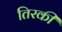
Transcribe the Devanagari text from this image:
तिरकी